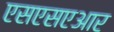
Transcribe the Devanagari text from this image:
एसएसएआर